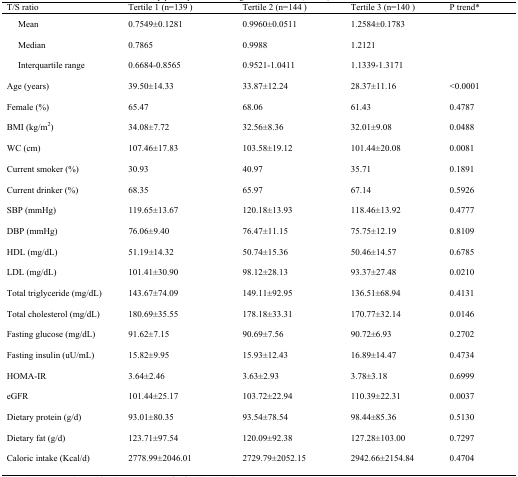
<table><thead><tr><td><b>T/S ratio</b></td><td><b>Tertile 1 (n=139 )</b></td><td><b>Tertile 2 (n=144 )</b></td><td><b>Tertile 3 (n=140 )</b></td><td><b>P trend*</b></td></tr></thead><tbody><tr><td> Mean</td><td>0.7549±0.1281</td><td>0.9960±0.0511</td><td>1.2584±0.1783</td><td></td></tr><tr><td> Median</td><td>0.7865</td><td>0.9988</td><td>1.2121</td><td></td></tr><tr><td> Interquartile range</td><td>0.6684-0.8565</td><td>0.9521-1.0411</td><td>1.1339-1.3171</td><td></td></tr><tr><td>Age (years)</td><td>39.50±14.33</td><td>33.87±12.24</td><td>28.37±11.16</td><td>&lt;0.0001</td></tr><tr><td>Female (%)</td><td>65.47</td><td>68.06</td><td>61.43</td><td>0.4787</td></tr><tr><td>BMI (kg/m<sup>2</sup>)</td><td>34.08±7.72</td><td>32.56±8.36</td><td>32.01±9.08</td><td>0.0488</td></tr><tr><td>WC (cm)</td><td>107.46±17.83</td><td>103.58±19.12</td><td>101.44±20.08</td><td>0.0081</td></tr><tr><td>Current smoker (%)</td><td>30.93</td><td>40.97</td><td>35.71</td><td>0.1891</td></tr><tr><td>Current drinker (%)</td><td>68.35</td><td>65.97</td><td>67.14</td><td>0.5926</td></tr><tr><td>SBP (mmHg)</td><td>119.65±13.67</td><td>120.18±13.93</td><td>118.46±13.92</td><td>0.4777</td></tr><tr><td>DBP (mmHg)</td><td>76.06±9.40</td><td>76.47±11.15</td><td>75.75±12.19</td><td>0.8109</td></tr><tr><td>HDL (mg/dL)</td><td>51.19±14.32</td><td>50.74±15.36</td><td>50.46±14.57</td><td>0.6785</td></tr><tr><td>LDL (mg/dL)</td><td>101.41±30.90</td><td>98.12±28.13</td><td>93.37±27.48</td><td>0.0210</td></tr><tr><td>Total triglyceride (mg/dL)</td><td>143.67±74.09</td><td>149.11±92.95</td><td>136.51±68.94</td><td>0.4131</td></tr><tr><td>Total cholesterol (mg/dL)</td><td>180.69±35.55</td><td>178.18±33.31</td><td>170.77±32.14</td><td>0.0146</td></tr><tr><td>Fasting glucose (mg/dL)</td><td>91.62±7.15</td><td>90.69±7.56</td><td>90.72±6.93</td><td>0.2702</td></tr><tr><td>Fasting insulin (uU/mL)</td><td>15.82±9.95</td><td>15.93±12.43</td><td>16.89±14.47</td><td>0.4734</td></tr><tr><td>HOMA-IR</td><td>3.64±2.46</td><td>3.63±2.93</td><td>3.78±3.18</td><td>0.6999</td></tr><tr><td>eGFR</td><td>101.44±25.17</td><td>103.72±22.94</td><td>110.39±22.31</td><td>0.0037</td></tr><tr><td>Dietary protein (g/d)</td><td>93.01±80.35</td><td>93.54±78.54</td><td>98.44±85.36</td><td>0.5130</td></tr><tr><td>Dietary fat (g/d)</td><td>123.71±97.54</td><td>120.09±92.38</td><td>127.28±103.00</td><td>0.7297</td></tr><tr><td>Caloric intake (Kcal/d)</td><td>2778.99±2046.01</td><td>2729.79±2052.15</td><td>2942.66±2154.84</td><td>0.4704</td></tr></tbody></table>